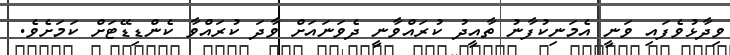
ވިދާޅުވެފައި ވަނީ އެމަނިކުފާނު ތާއީދު ކުރައްވާނީ ދެވަނައަށް ވާދަ ކުރައްވާ ކެންޑިޑޭޓަށް ކަމަށެވެ.